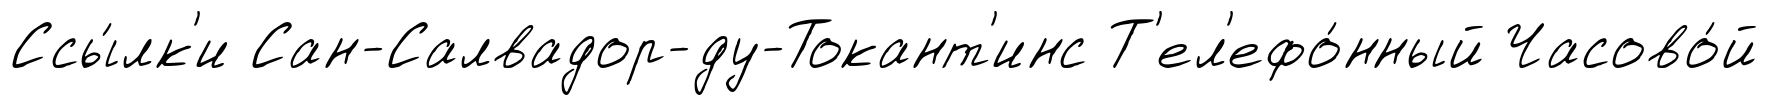
Ссы́лк'и Сан-Салвадор-ду-Токант'инс Т'ел'ефо́нный Часово́й